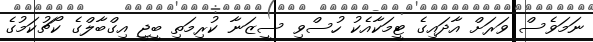
ނަމަވެސް ވަރަށް އާދައިގެ ޓީމަކާއެކު ހުސްވި ސީޒަނާ ކުރިމަތި ބީޖީ އިގްބާލްގެ ކޯޗުކަމުގެ